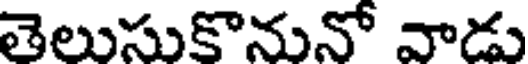
తెలుసుకొనునో వాడు